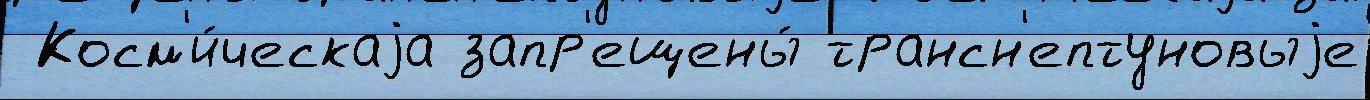
 Косм'и́ческаjа запр'ещены́ трансн'ептуновыjе